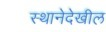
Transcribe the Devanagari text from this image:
स्थानेदेखील